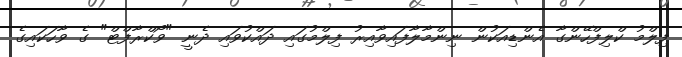
ފިލްމު ކްލިފްހޭންގާ އެންޑިއަކުން ނިންމާލާފައިވާއިރު ފިލްމުގައި ދައްކުވައި ދެނީ "ވޯކްރާފްޓް" ގެ ވާހަކައިގެ